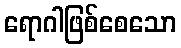
ရောဂါဖြစ်စေသော